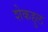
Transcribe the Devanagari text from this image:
शेकहुल